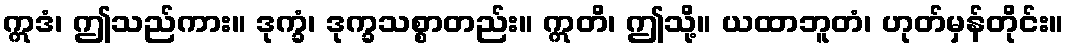
ဣဒံ၊ ဤသည်ကား။ ဒုက္ခံ၊ ဒုက္ခသစ္စာတည်း။ ဣတိ၊ ဤသို့။ ယထာဘူတံ၊ ဟုတ်မှန်တိုင်း။